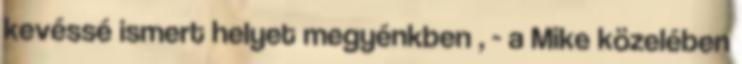
kevéssé ismert helyet megyénkben , - a Mike közelében